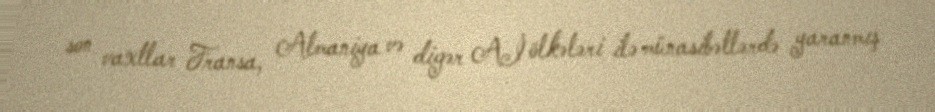
son vaxtlar Fransa, Almaniya və digər Aİ ölkələri ilə münasibətlərdə yaranmış